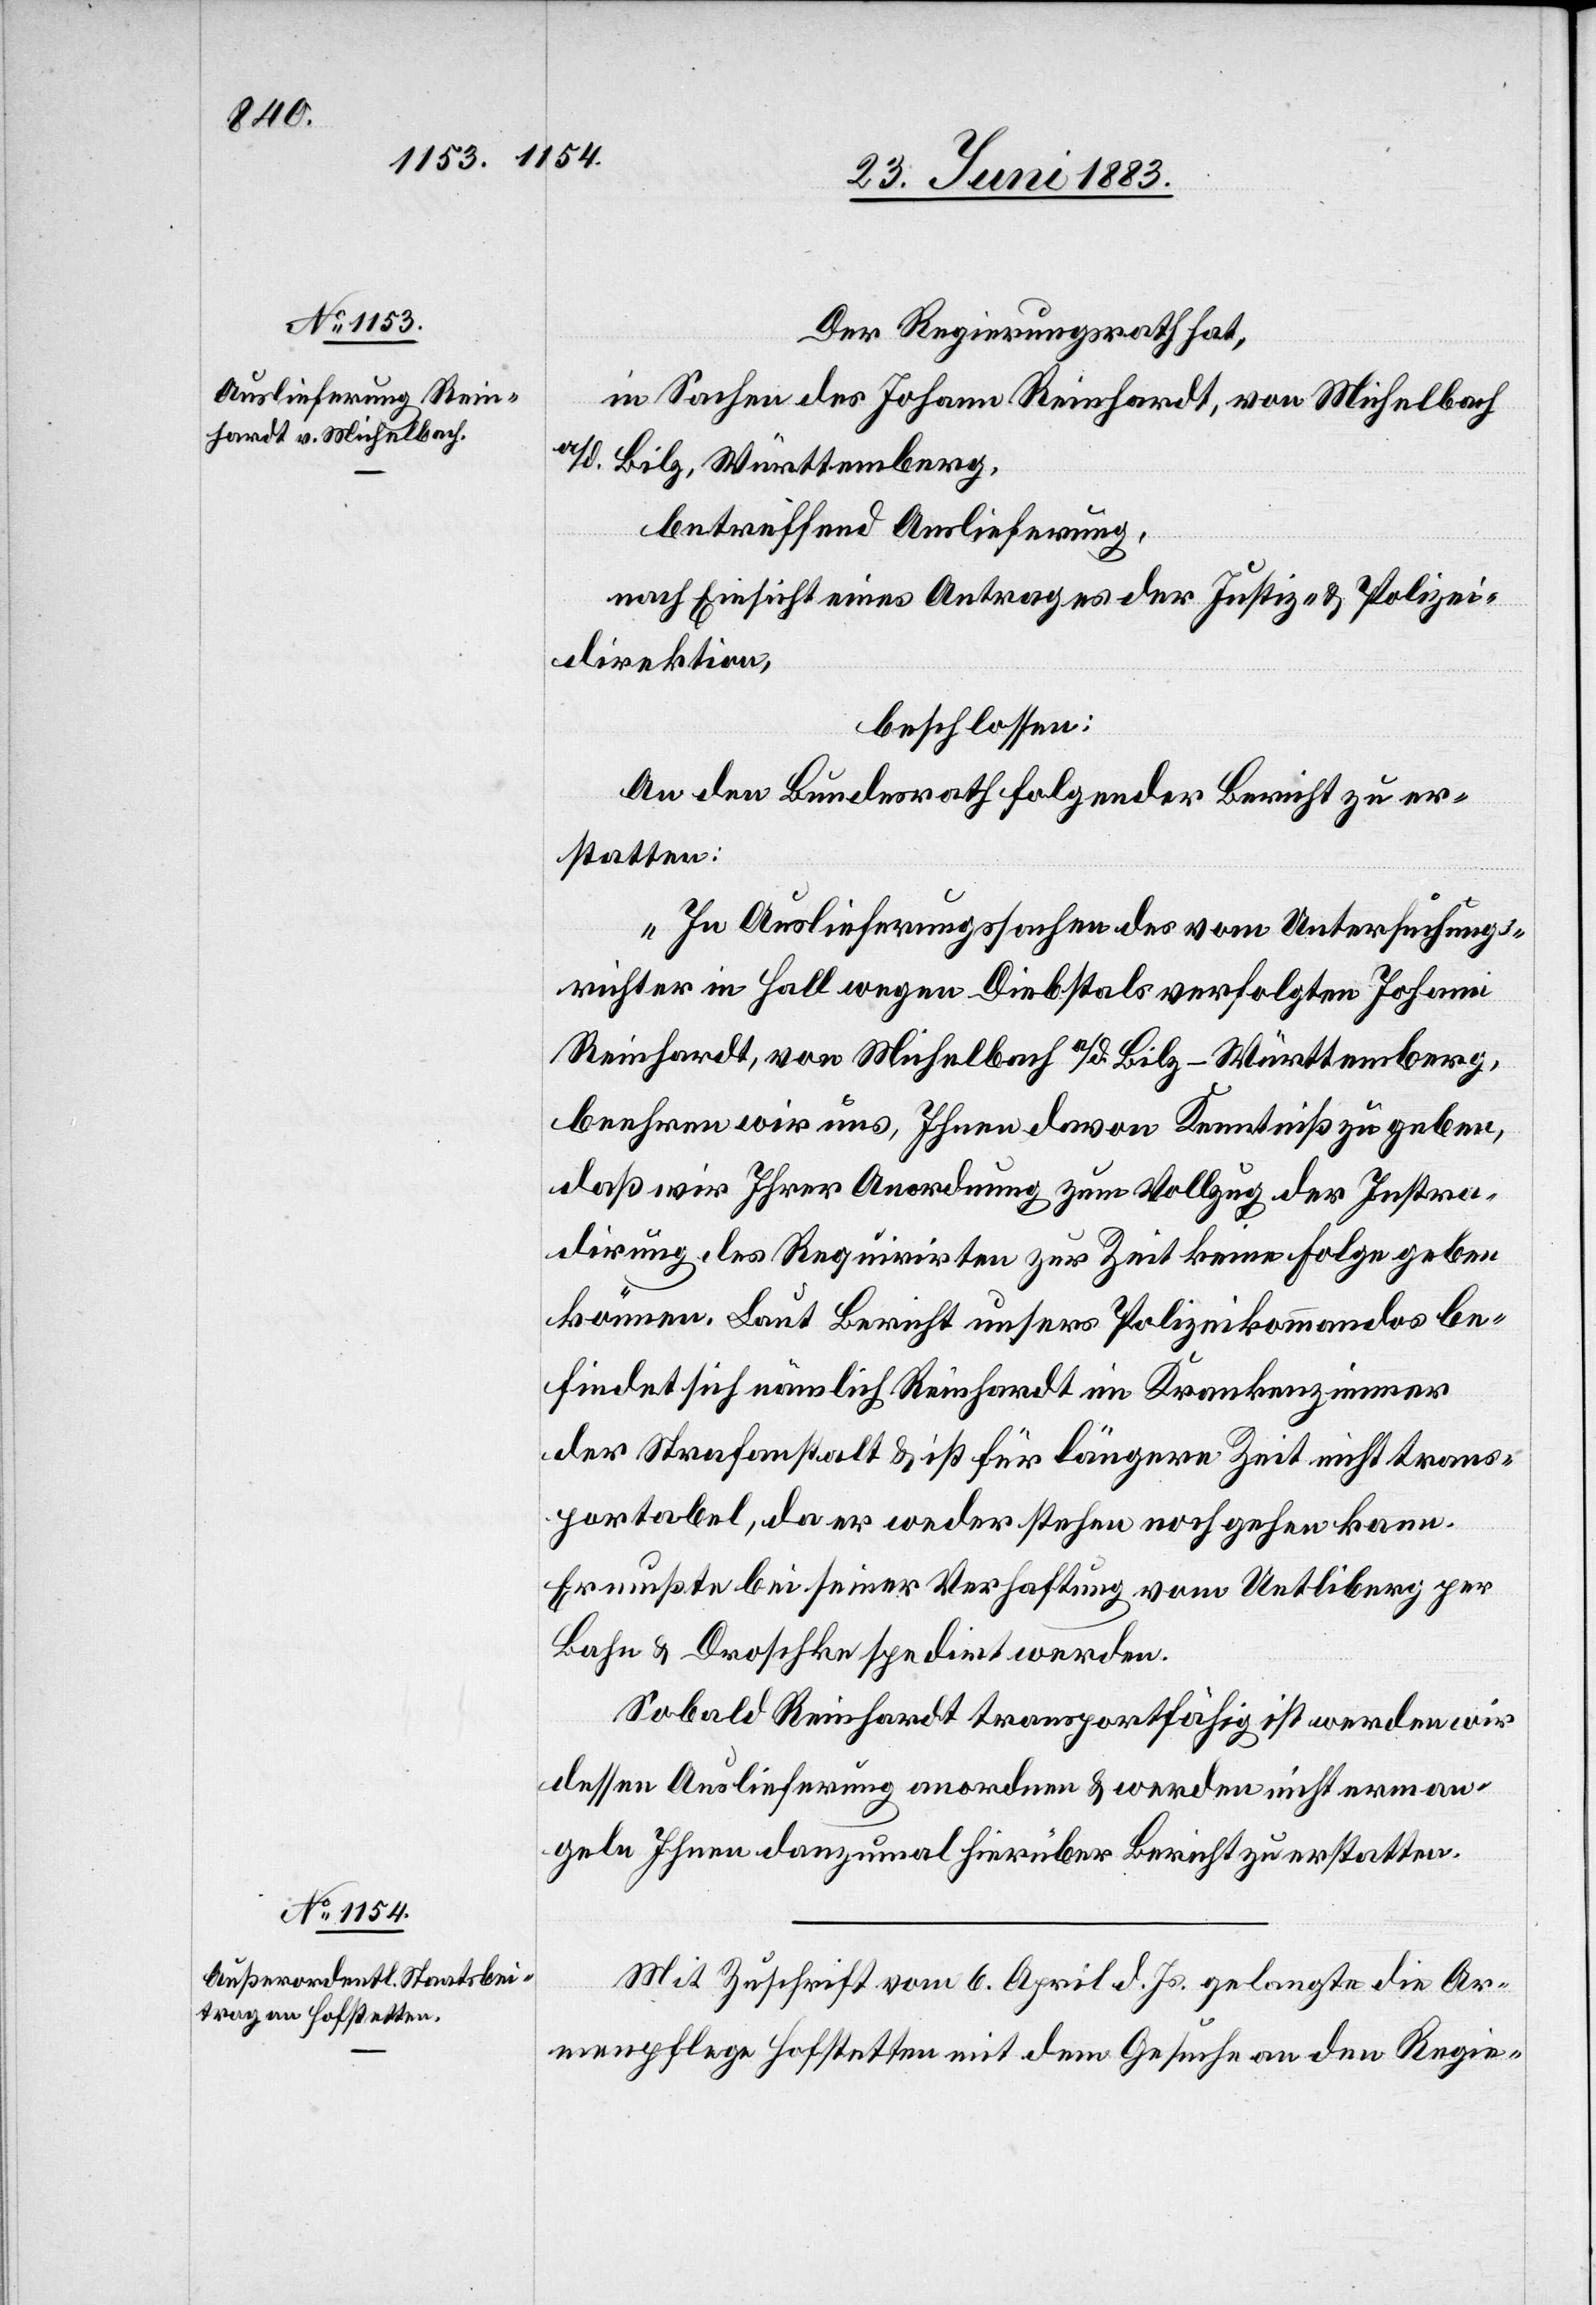
Der Regierungsrath hat,
in Sachen des Johann Reinhardt, von Michelbach
a/d. Bilz, Württemberg,
betreffend Auslieferung,
nach Einsicht eines Antrages der Justiz- & Polizei¬
direktion,
beschlossen:
An den Bundesrath folgender [sic!] Bericht zu er¬
statten:
„In Auslieferungssachen des vom Untersuchungs¬
richter im Fall wegen Diebstals verfolgten Johann
Reinhardt, von Michelbach a/d. Bilz - Württemberg,
beehren wir uns, Ihnen davon Kenntniß zu geben,
daß wir Ihrer Androhung zum Vollzug der Intra¬
dirung des Requirirten zur Zeit keine Folge geben
können. Laut Bericht unsers Polizeikommandos be¬
findet sich nämlich Reinhardt, im Krankenzimmer
der Strafanstalt & ist für längere Zeit nicht trans¬
portabel, da er weder stehen noch gehen kann.
Er mußte bei seiner Verhaftung vom Uetliberg per
Bahn & Droschke spedirt werden.
Sobald Reinhardt transportfähig ist werden wir
dessen Auslieferung anordnen & werden nicht erman¬
geln Ihnen dannzumal hierüber Bericht zu erstatten.
Mit Zuschrift vom 6. April d. Js. gelangte die Ar¬
menpflege Hofstetten mit dem Gesuche an den Regie-